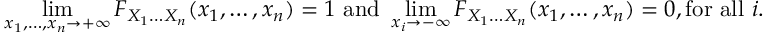
\operatorname* { l i m } _ { x _ { 1 } , \ldots , x _ { n } \rightarrow + \infty } F _ { X _ { 1 } \ldots X _ { n } } ( x _ { 1 } , \ldots , x _ { n } ) = 1 { \mathrm { ~ a n d ~ } } \operatorname* { l i m } _ { x _ { i } \rightarrow - \infty } F _ { X _ { 1 } \ldots X _ { n } } ( x _ { 1 } , \ldots , x _ { n } ) = 0 , { \mathrm { f o r ~ a l l ~ } } i .